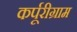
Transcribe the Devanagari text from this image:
कर्पूरीग्राम